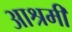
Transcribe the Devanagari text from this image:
आश्रमी